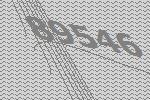
89546